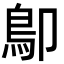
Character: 𩾓